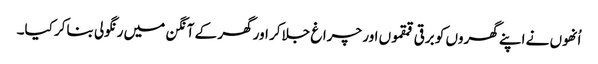
اُنھوں نے اپنے گھروں کو برقی قمقموں اور چراغ جلاکر اور گھر کے آنگن میں رنگولی بناکر کیا۔